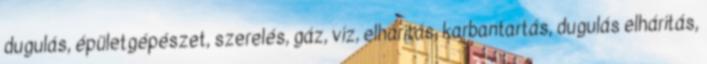
dugulás, épületgépészet, szerelés, gáz, víz, elhárítás, karbantartás, dugulás elhárítás,